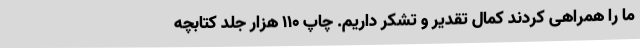
ما را همراهی کردند کمال تقدیر و تشکر داریم. چاپ 110 هزار جلد کتابچه